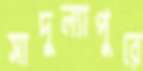
সাদুল্যাপুরে